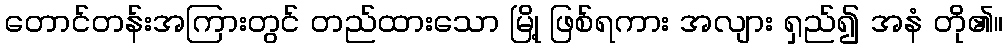
တောင်တန်းအကြားတွင် တည်ထားသော မြို့ ဖြစ်ရကား အလျား ရှည်၍ အနံ တို၏။